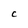
Character: C